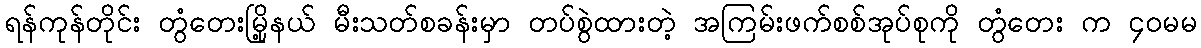
ရန်ကုန်တိုင်း တွံတေးမြို့နယ် မီးသတ်စခန်းမှာ တပ်စွဲထားတဲ့ အကြမ်းဖက်စစ်အုပ်စုကို တွံတေး က ၄၀မမ